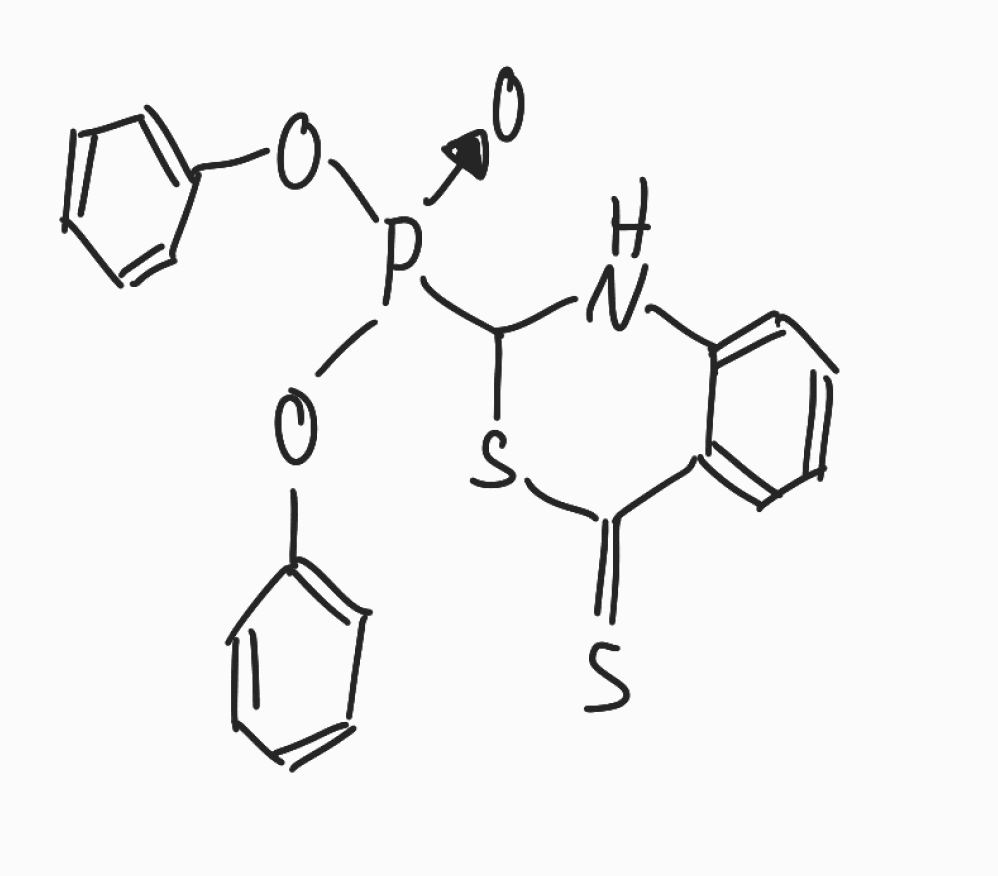
Simplified molecular-input line-entry system (SMILES) notation of the given molecule:
C1=CC=C(C=C1)O[P+](C2NC3=CC=CC=C3C(=S)S2)([O-])OC4=CC=CC=C4